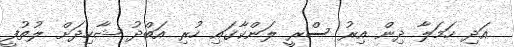
އަދި ހަމަލާ ދިން އިރު ސްރީ ލަންކާގައި ހުރި އަބްދު ޝާހިދަށް ލުތުފީ